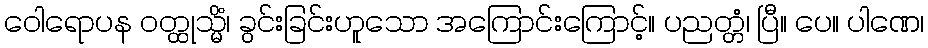
ဝေါရောပန ဝတ္ထုသ္မိံ၊ ခွင်းခြင်းဟူသော အကြောင်းကြောင့်။ ပညတ္တံ၊ ပြီ။ ပေ။ ပါဏေ၊